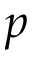
p